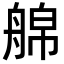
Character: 艊